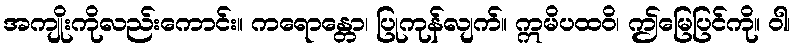
အကျိုးကိုလည်းကောင်း။ ကရောန္တော၊ ပြုကုန်လျက်။ ဣမိပထဝိ၊ ဤမြေပြင်ကို။ ဝါ၊